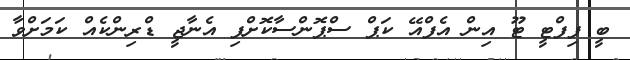
ބީ ފިފްޓީ ޓޫ އިން އެފްއޭ ކަޕް ސްޕޮންސާކޮށްފި އެނާޖީ ޑްރިންކެއް ކަމަށްވާ